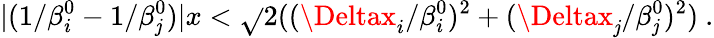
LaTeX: |(1/\beta_{i}^{0}-1/\beta_{\mathit{j}}^{0})|x<\sqrt{}{{2((\Deltax_{i}/\beta_{i}^{0})^{2}+(\Deltax_{\mathit{j}}/\beta_{\mathit{j}}^{0})^{2})}}~.